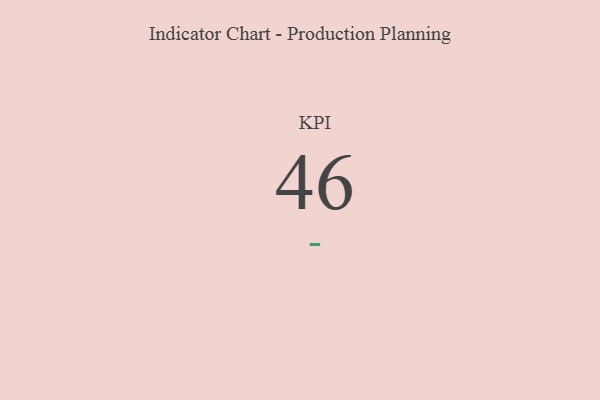
{"axis": {"x": "KPI", "y": "Value"}, "legend": [""], "data": [{"x": "KPI", "y": 46, "type": ""}]}